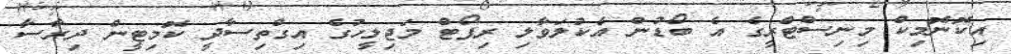
އިކޮނޮމިކް މިނިސްޓްރީގެ އެ ބޯޑުން އެކުލަވާލި ރިޕޯޓް މަޖިލީހުގެ އިގްތިސާދީ ކޮމިޓީން ދިރާސާ